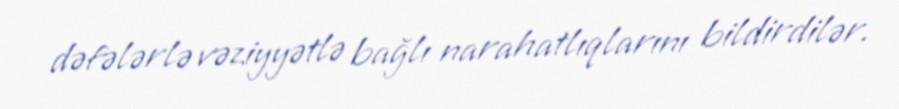
dəfələrlə vəziyyətlə bağlı narahatlıqlarını bildirdilər.